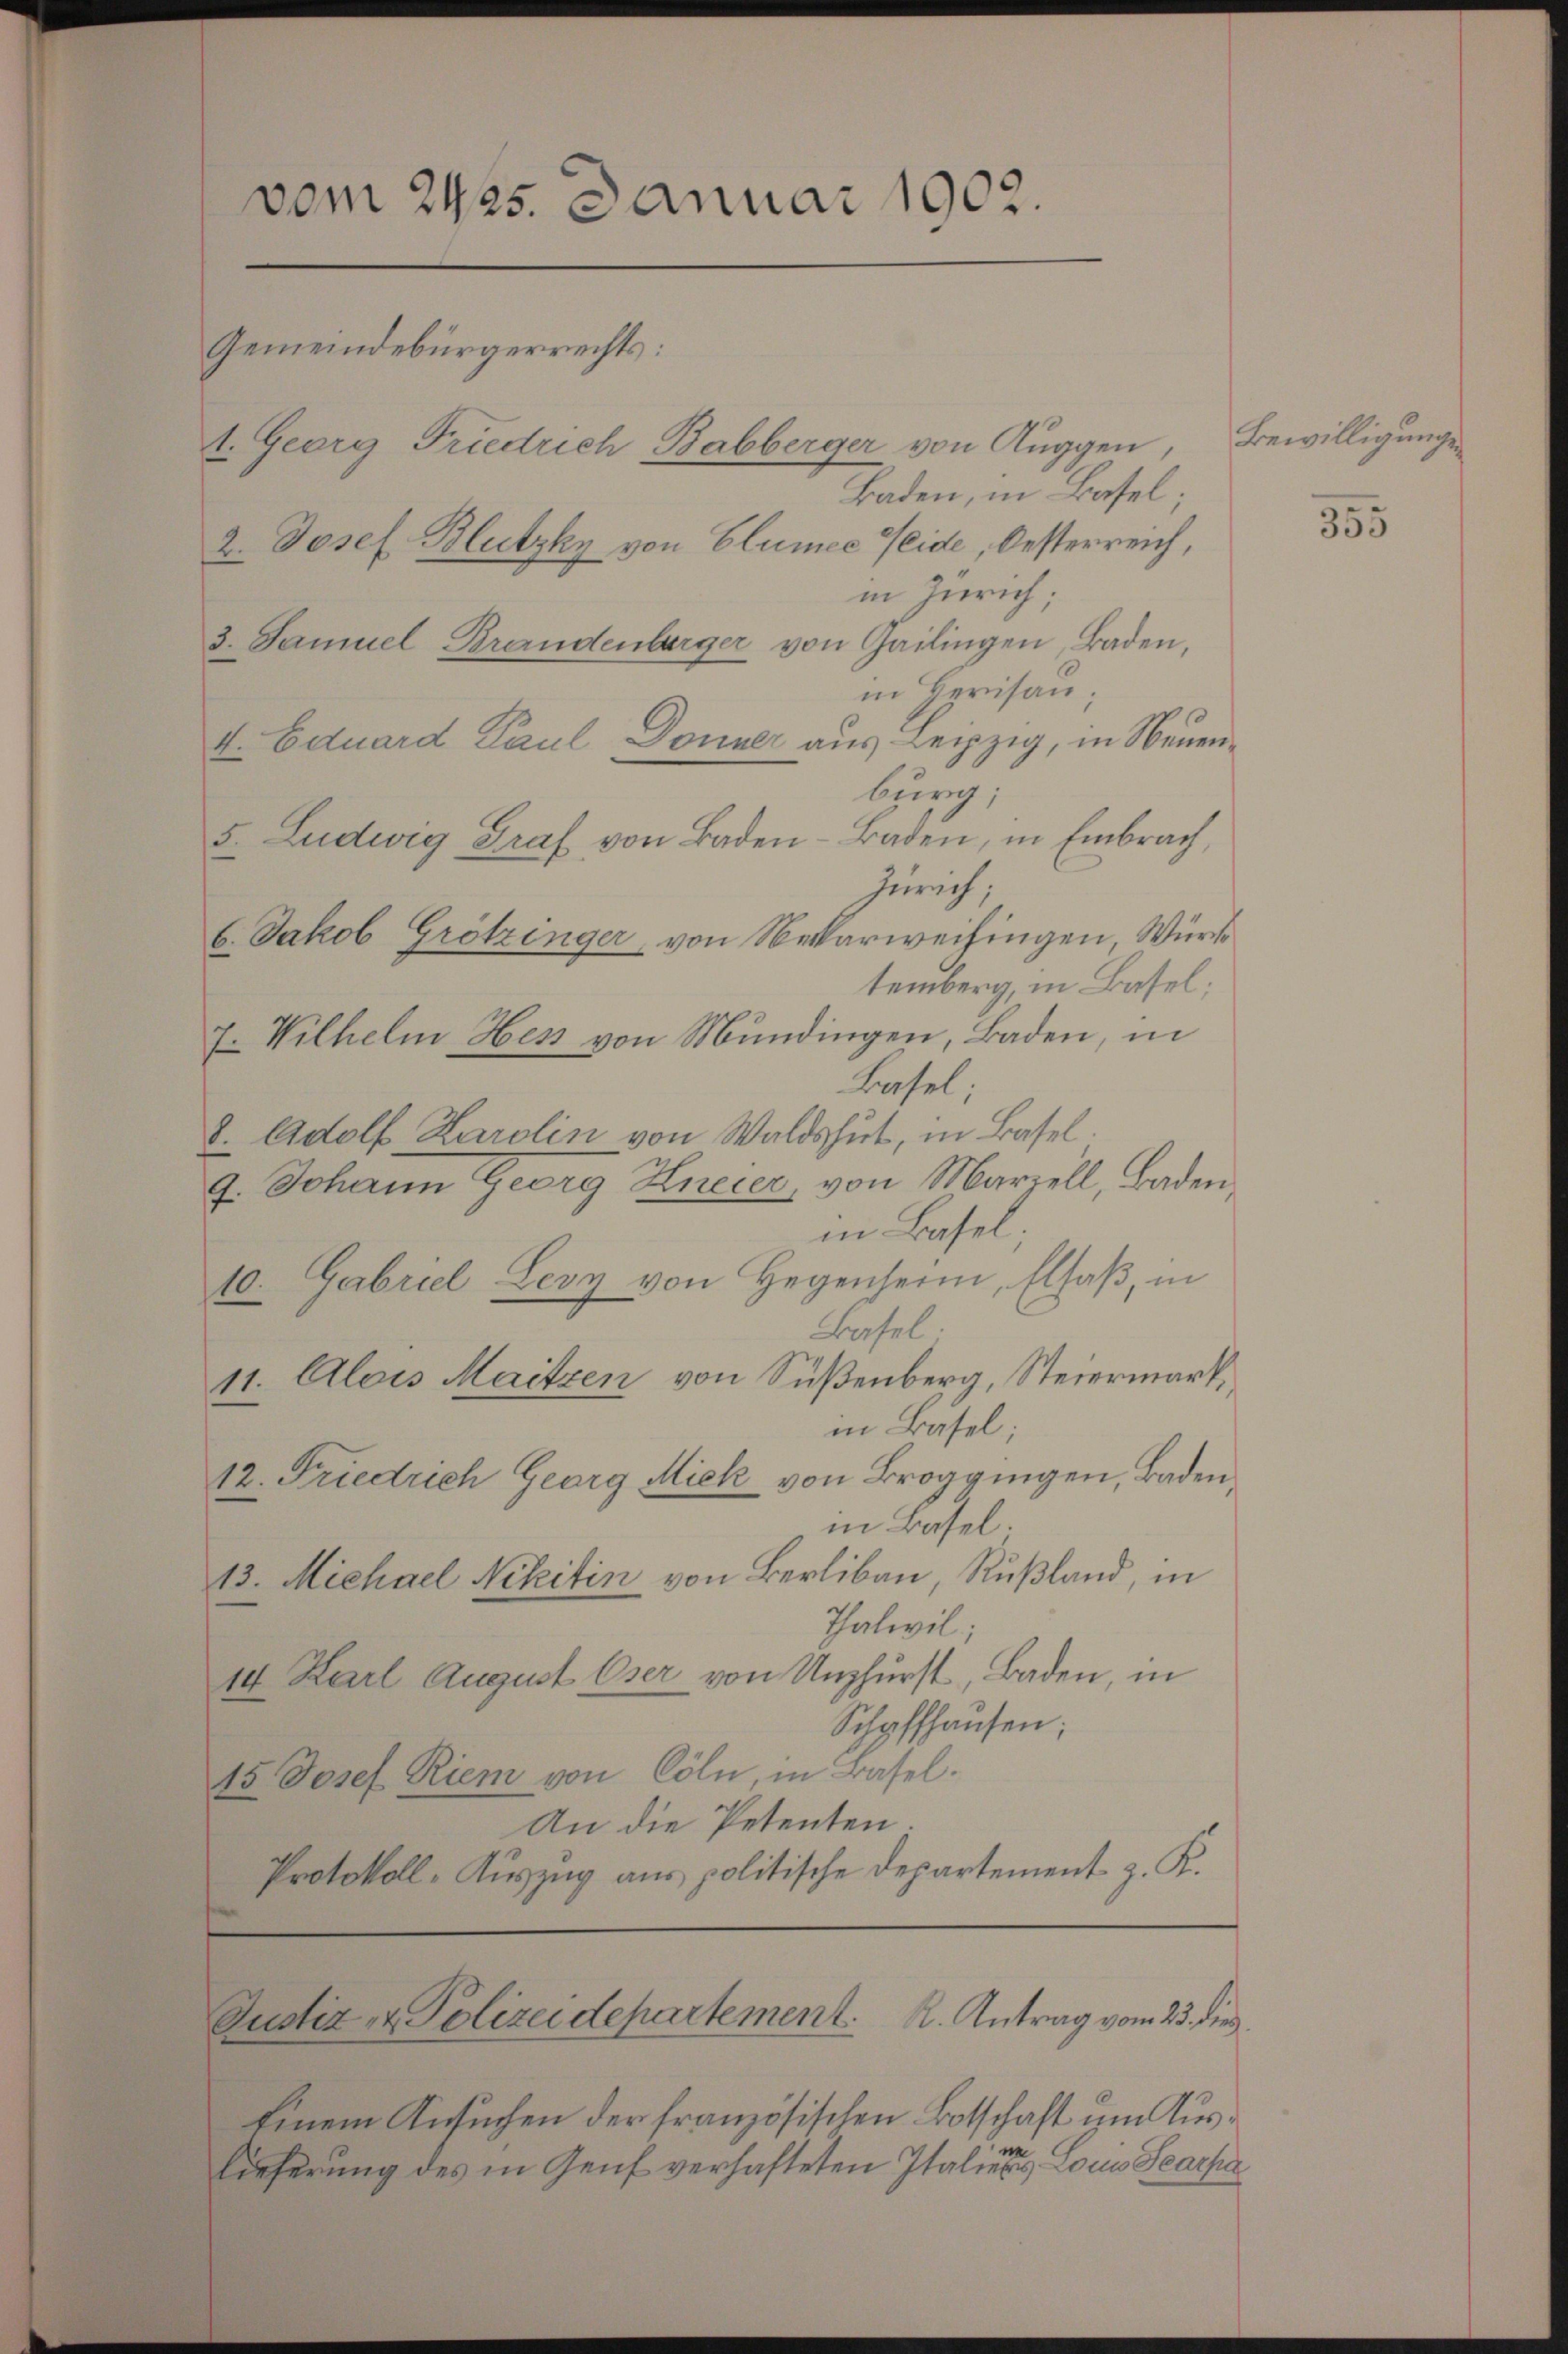
vom 2425. Januar 1902.
Gemeindebürgerrechts:
t. Georg Friedrich Babberger von Auggen, Bewilligungen
Baden, in Basel;
2. Josef Blutzky von Blumee Seide, Oesterreich,

in Zürich;
3. Samuel Brandenberger von Gailingen, Baden,
in Herisau;
V. Eduard Paul Donner aus Leipzig, in Neuenburg,
5. Ludwig Graf von Baden–Baden, in Embrach,
Zürich;
6. Jakob Grötzinger, von Nekarweisingen, Würde
temberg, in Basel;
7. Wilhelm Hess von Mundingen, Baden, in
Basel;
8. Adolf Karolin von Waldshut, in Basel.
9. Johann Georg Kneier, von Mariell, Baden,
in Basel;
10. Gabriel Levy von Hegenheim, Elsaß, in
Basel
11. Alois Maitzen von Süßenberg, Steiermark,
in Basel;
12. Friedrich Georg Miek von Broggingen, Badenin Basel
13. Michael Nekitin von Berliban, Rußland, in
Thalwil;
14 Karl August Oser von Unzfurst, Baden, in
Schaffhausen;
15. Josef Riem von Cöln, in Basel.
An die Petenten.
Protokoll-Auszug aus politische Departement z. K.

Justiz- & Polizeidepartement. K. Antrag vom 23. dies

Einem Ansuchen der französischen Botschaft um Auslieferung des in Genf verhafteten Italieren Locus Searpa

355